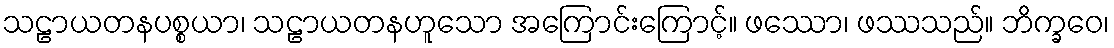
သဠာယတနပစ္စယာ၊ သဠာယတနဟူသော အကြောင်းကြောင့်။ ဖဿော၊ ဖဿသည်။ ဘိက္ခဝေ၊